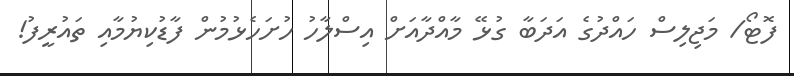
ފޮޓޯ/ މަޖިލިސް ހައްދުގެ އަދަބާ ގުޅޭ މާއްދާއަށް އިސްލާހު ހުށަހެޅުމުން ފާޑުކިޔުމާއި ތައުރީފު!